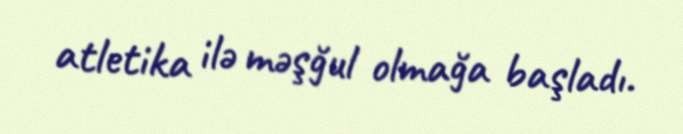
atletika ilə məşğul olmağa başladı.